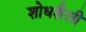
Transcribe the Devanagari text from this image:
शोधशैली